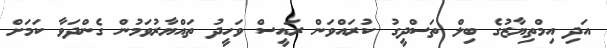
އަދި އިމްތިޔާޒުގެ ބިލް ތަސްދީގު ކުރައްވަން ރައީސް ވަހީދު ތައްޔާރުވަމުން ގެންދަވާ ކަމަށް